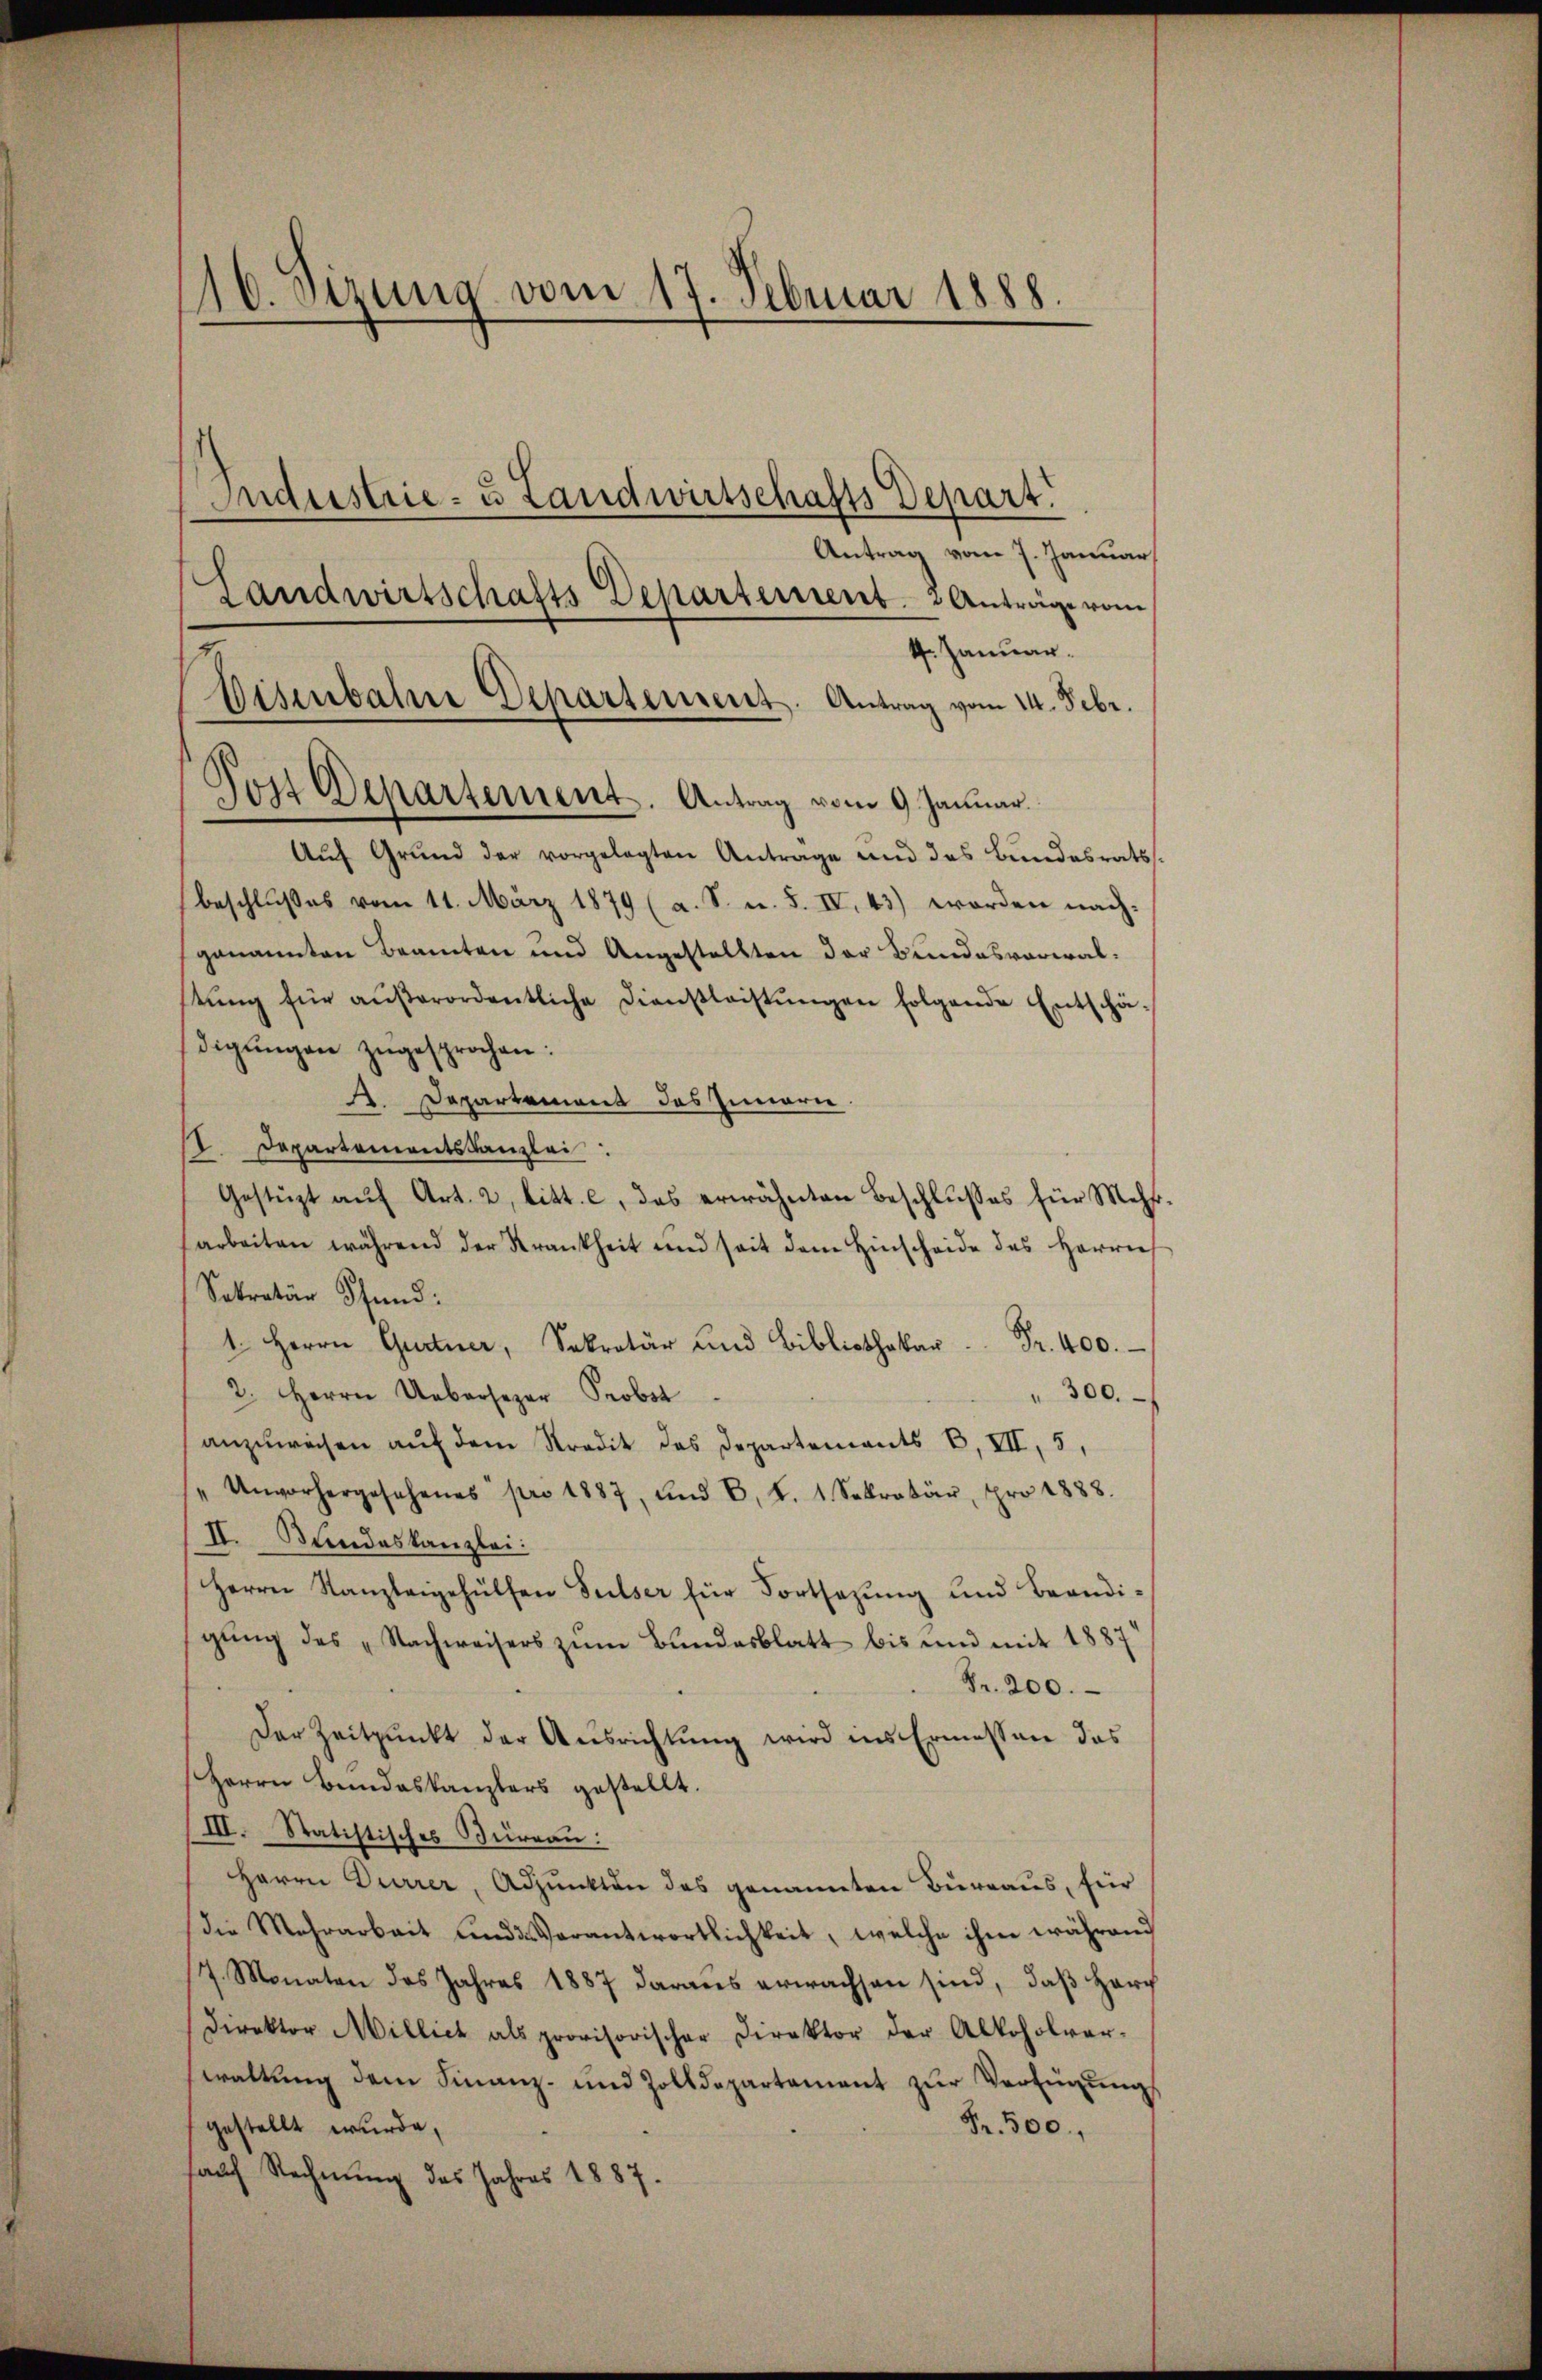
116. Sizung vom 17. Februar 1888.
Industrie- u Landwirtschafts Depart.
Antrag vom 7. Januar
Landwirtschafts Departement. 2 Anträge vom
4. Januar.

Aŭf Grŭnd der vorgelegten Antrage und des Bundesrats-
beschlußes vom 11. März 1879 (a. S. u. S. IV. 43) worden nach-
genannten Beamten und Angestellten der Bundesverwalstŭng für aŭβerordentliche Dienstleistŭngen folgende Entschä-
digŭngen zugesprochen:
A. Departement des Innern
II. Departementskanzlei
Gestüzt aŭf Art. 2, litt. c, das erwähnten Beschlŭsses für Mehr
arbeiten während der Krankheit und seit dem Hinscheide des Herrn
Sekretär Stund:
1. Herrn Gurtner, Sekretär und Bibliothekar Fr. 400.
" 300.
2. Herrn Ueberspar Probst
anzŭweisen aŭf dem Stradit des Departements B. III, 5,
Unvorhergesehenes pro 1887, und 8. d. 1. Sekretär, pro 1888.
II. Sandeskanzlei:
Herrn Kanzleigehülfen Sulser für Fortsazung und Brandi-
gŭng des „Nachweisers zŭm Bundesblatt bis und mit 1887
Fr. 200.
Der Zeitpunkt der Ausrichtung wird ins Ermessen das
Herrn Bundeskanzlers gestellt.
III. Statistisches Büreau:
Herrn Durrer, Adjunkten des genannten Burraus, für
Die Mehrarbeit und Verantwortlichkeit, welche ihm während
/7. Monaten des Jahres 1887 daraus erwachsen sind, daß Horg
Direktor Millich als provisorischen Direktor der Alkoholver-
waltung dem Finanz- und Zolldepartement zur Verfügung
Fr. 500,
gestellt wurde,
hauch Rechnung des Jahres 1887.

Disenbahre Departement. Antrag vom 14. Febr.
Post Departement. Antrag vom 9. Januar.